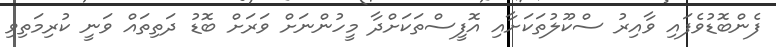
ފެންބޮޑުވެފައި ވާއިރު ސްކޫލުތަކަށާއި އޮފީސްތަކަށްދާ މީހުންނަށް ވަރަށް ބޮޑު ދަތިތައް ވަނީ ކުރިމަތިވި